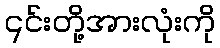
၎င်းတို့အားလုံးကို